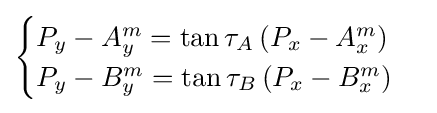
{\begin{cases}P_{y}-A_{y}^{m}=\tan \tau _{A}\left(P_{x}-A_{x}^{m}\right)\\P_{y}-B_{y}^{m}=\tan \tau _{B}\left(P_{x}-B_{x}^{m}\right)\end{cases}}